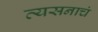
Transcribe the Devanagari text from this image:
व्यसनाचं